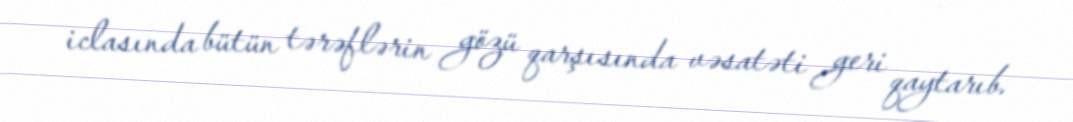
iclasında bütün tərəflərin gözü qarşısında vəsatəti geri qaytarıb.